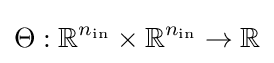
\Theta :\mathbb {R} ^{n_{\mathrm {in} }}\times \mathbb {R} ^{n_{\mathrm {in} }}\to \mathbb {R}